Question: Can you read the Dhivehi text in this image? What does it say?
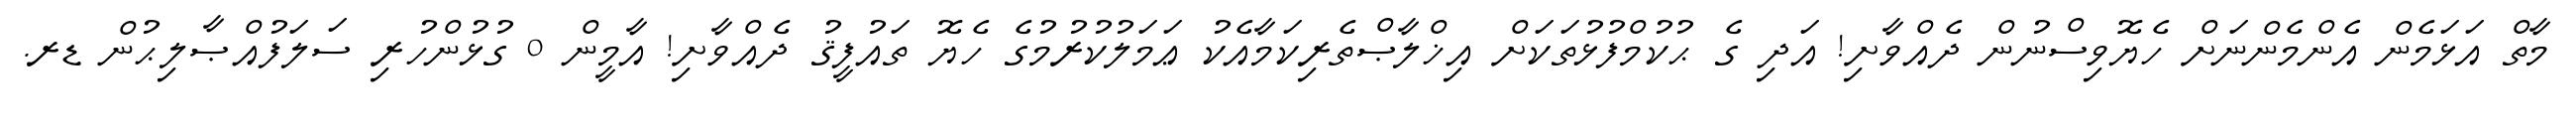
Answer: މާތް އަޅަމެން އެންމެންނަށް ހެޔޮވިސްނުން ދެއްވާށި! އަދި ގެ ޙުކުމްފުޅުތަކަށް އިޚްލާޞްތެރިކަމާއެކު ޢަމަލުކުރުމުގެ ހެޔޮ ތައުފީޤު ދެއްވާށި! އާމީން 0 ގުޅުންހުރި ސަލަފުއްޞާލިޙުން ޑރ.